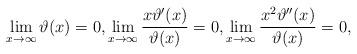
LaTeX: \begin{align*}\lim_{x\to\infty} \vartheta(x)=0,\lim_{x\to\infty} \frac{x\vartheta'(x)}{\vartheta(x)}=0, \lim_{x\to\infty}\frac{x^2\vartheta''(x)}{\vartheta(x)}=0,\end{align*}